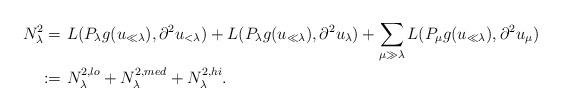
LaTeX: \begin{align*}\begin{aligned}N_\lambda^2 = & \ L(P_{\lambda} g(u_{\ll \lambda}), \partial^2 u_{<\lambda})+ L(P_\lambda g(u_{\ll\lambda}), \partial^2 u_{\lambda}) +\sum_{\mu \gg \lambda} L( P_\mu g(u_{\ll\lambda}),\partial^2 u_\mu)\\:= & \ N_\lambda^{2,lo} + N_\lambda^{2,med} + N_\lambda^{2,hi}.\end{aligned}\end{align*}